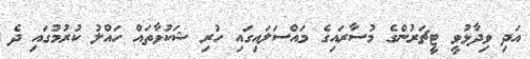
އަދި ވިދާޅުވީ ޓީޗަރުންގެ މުސާރައިގެ މައްސަލައިގައި ހުރި ޝަކުވާތައް ހައްލު ކުރުމުގައި ދެ